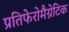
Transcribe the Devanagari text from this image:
प्रतिफेरोमैग्नेटिक